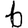
Digit: 6